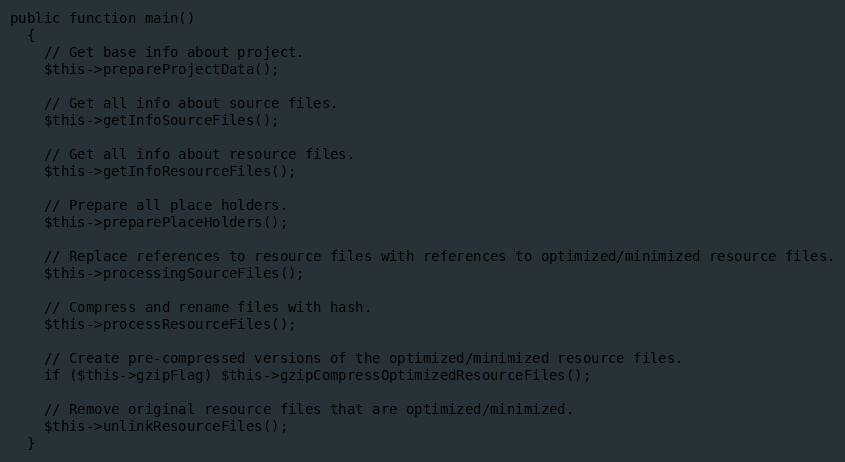
Language: PHP
public function main()
  {
    // Get base info about project.
    $this->prepareProjectData();

    // Get all info about source files.
    $this->getInfoSourceFiles();

    // Get all info about resource files.
    $this->getInfoResourceFiles();

    // Prepare all place holders.
    $this->preparePlaceHolders();

    // Replace references to resource files with references to optimized/minimized resource files.
    $this->processingSourceFiles();

    // Compress and rename files with hash.
    $this->processResourceFiles();

    // Create pre-compressed versions of the optimized/minimized resource files.
    if ($this->gzipFlag) $this->gzipCompressOptimizedResourceFiles();

    // Remove original resource files that are optimized/minimized.
    $this->unlinkResourceFiles();
  }